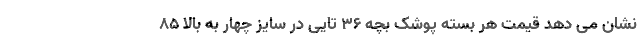
نشان می دهد قیمت هر بسته پوشک بچه ۳۶ تایی در سایز چهار به بالا ۸۵